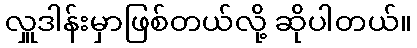
လှူဒါန်းမှာဖြစ်တယ်လို့ ဆိုပါတယ်။